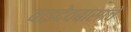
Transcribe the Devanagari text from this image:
बाइदेवबासांचे